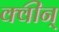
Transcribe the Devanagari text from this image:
क्वीन्